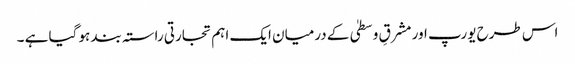
اس طرح یورپ اور مشرقِ وسطیٰ کے درمیان ایک اہم تجارتی راستہ بند ہو گیا ہے ۔